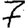
Digit: 7